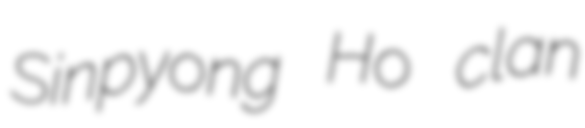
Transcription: Sinpyong Ho clan